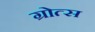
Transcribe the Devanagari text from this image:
ग्रोत्स